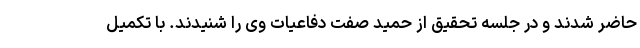
حاضر شدند و در جلسه تحقیق از حمید صفت دفاعیات وی را شنیدند. با تکمیل